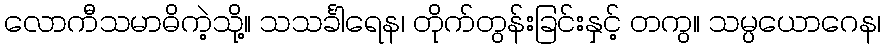
လောကီသမာဓိကဲ့သို့။ သသင်္ခါရေန၊ တိုက်တွန်းခြင်းနှင့် တကွ။ သမ္ပယောဂေန၊